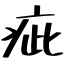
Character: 疵